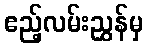
ဧည့်လမ်းညွှန်မှ